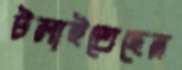
টলাইতেছেন